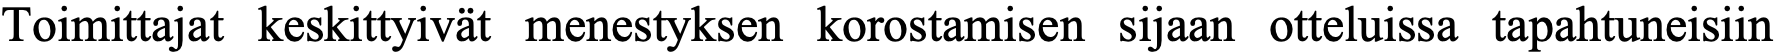
Toimittajat keskittyivät menestyksen korostamisen sijaan otteluissa tapahtuneisiin